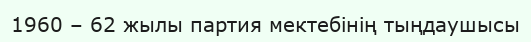
1960 – 62 жылы партия мектебінің тыңдаушысы